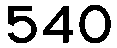
540